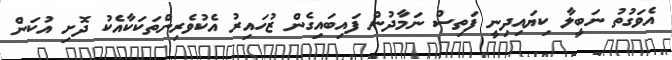
އެވަގުތު ނަބީލާ ކިޔައިދިނީ ފަތިސް ނަމާދުން ފައިބައިގެން ޒުހައިރު އެކުވެރިންތަކަކާއެކު ދޮށި އުކަން